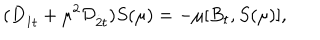
LaTeX: ( D _ { { \dot { 1 } } t } + \mu ^ { 2 } { \cal D } _ { { \dot { 2 } } t } ) S ( \mu ) = - \mu [ B _ { t } , S ( \mu ) ] ,